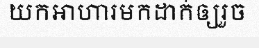
យកអាហារមកដាក់ឲ្យរួច